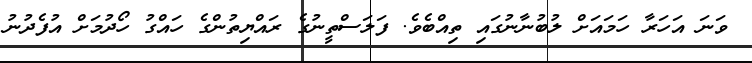
ވަނަ އަހަރާ ހަމައަށް ލުބުނާނުގައި ތިއްބެވެ. ފަލަސްތީނުގެ ރައްޔިތުންގެ ހައްގު ހޯދުމަށް އުފެދުނު